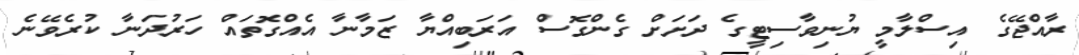
ރާއްޖޭގެ އިސްލާމީ ޔުނިވާސިޓީގެ ދަށަށް ގެންގޮސް އަރަބިއްޔާ ޒަމާނާ އެއްގޮތައް ހަރުދަނާ ކުރެވޭނެ